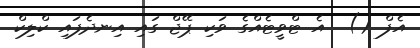
އެފް ()  އެ ޓްވީޓެއްގެ ވަކި ޕޭޖް ގައި އިނދެފައި ކްލިކް